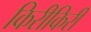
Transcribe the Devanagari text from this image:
किरीकिरी